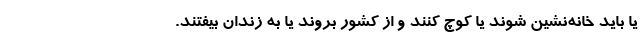
یا باید خانه‌نشین شوند یا کوچ کنند و از کشور بروند یا به زندان بیفتند.